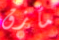
مأزق